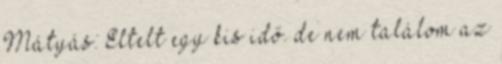
Mátyás: Eltelt egy kis idő. de nem találom az